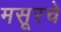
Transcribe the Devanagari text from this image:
मसूरचे